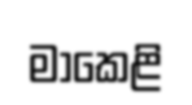
මාකෙළි